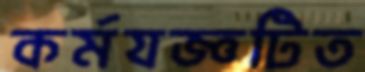
কর্মযজ্ঞটিত